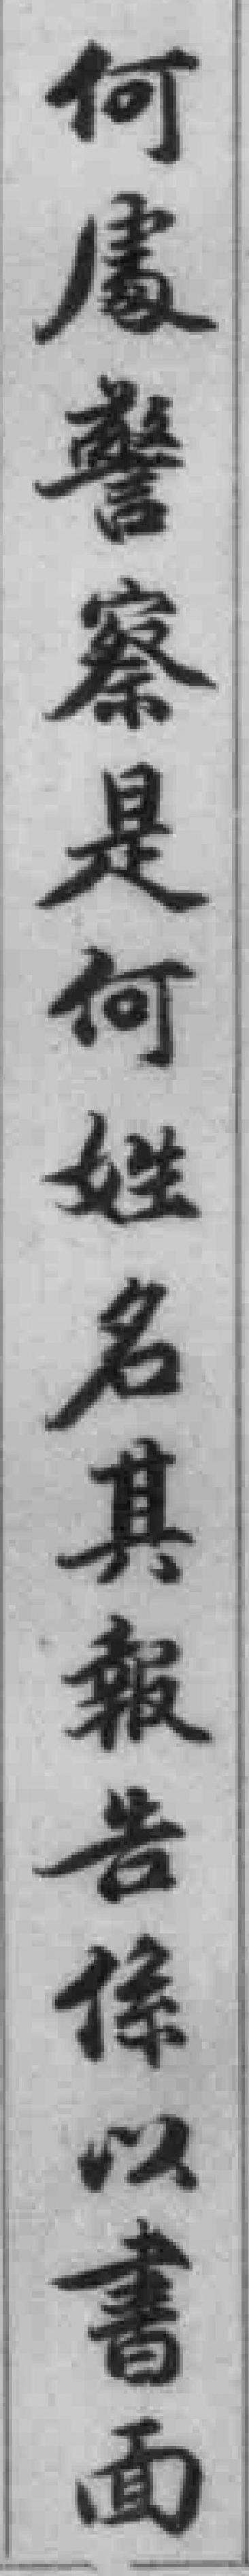
何處警察是何姓名其報告係以書面